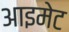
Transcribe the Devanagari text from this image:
आइमेट